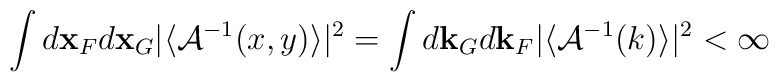
\int d{\bf x}_{F}d{\bf x}_{G}\vert\langle {\cal A}^{-1}( x, y)\rangle\vert ^{2}=\int d{\bf k}_{G}d{\bf k}_{F}\vert\langle { \cal A}^{-1}(k)\rangle\vert^{2}  <\infty